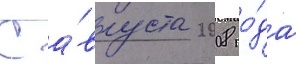
С а́вгуста 2008 го́да